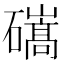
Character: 𥖱